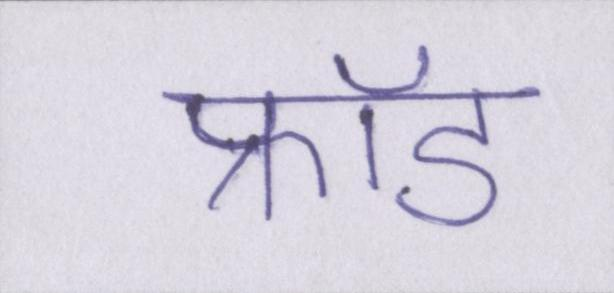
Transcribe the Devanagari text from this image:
फ्रॉड